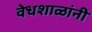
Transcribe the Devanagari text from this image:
वेधशाळांनी